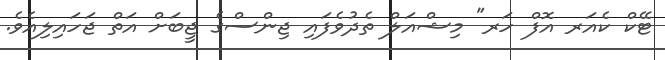
ޓޭކް ކެއަރ އޮފް ހަރ" މިޝްއަލް ތެދުވެފައި ޖިންސްގެ ޖީބަށް އަތް ޖަހައިލިއެވެ.